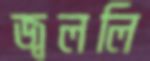
জ্বললি